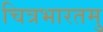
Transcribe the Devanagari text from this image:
चित्रभारतमु